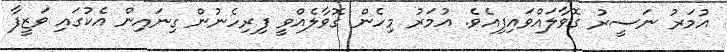
އުމަރު ނަސީރު ގޮވާލައްވައިފިއެވެ. އުމަރު މިހެން ގޮވާލެއްވީ ފިރިހެނުން ގިނައިން އެކުގައި ވަޒީފާ